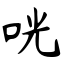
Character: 咣